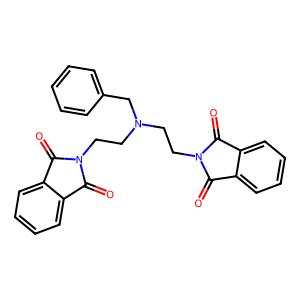
SMILES: O=C1c2ccccc2C(=O)N1CCN(CCN1C(=O)c2ccccc2C1=O)Cc1ccccc1
Inhibits HIV replication: No